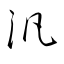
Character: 汎